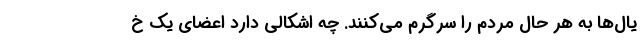
یال‌ها به هر حال مردم را سرگرم می‌کنند. چه اشکالی دارد اعضای یک خ